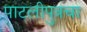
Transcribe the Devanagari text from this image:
पाटलीपुत्रचा